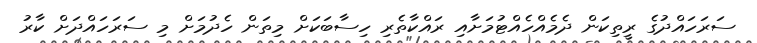
ސަރަހައްދުގެ ރީތިކަން ދެމެއްހެއްޓުމަށާއި ރައްކާތެރި ހިސާބަކަށް މިތަން ހެދުމަށް މި ސަރަހައްދަށް ކާރު